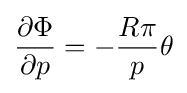
{\frac {\partial \Phi }{\partial p}}=-{\frac {R\pi }{p}}\theta